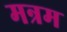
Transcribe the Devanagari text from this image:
मन्रम